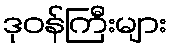
ဒုဝန်ကြီးများ